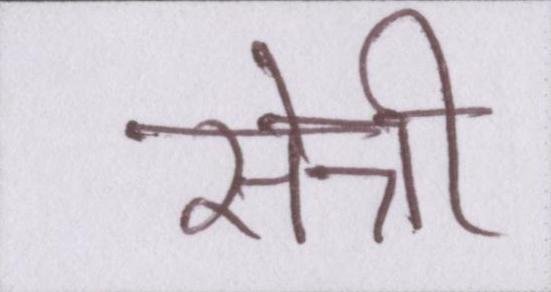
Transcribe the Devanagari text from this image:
सैन्नी